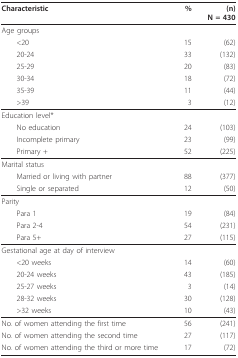
<table><thead><tr><td><b>Characteristic</b></td><td><b>%</b></td><td><b>(n)N = 430</b></td></tr></thead><tbody><tr><td>Age groups</td><td></td><td></td></tr><tr><td> &lt;20</td><td>15</td><td>(62)</td></tr><tr><td> 20-24</td><td>33</td><td>(132)</td></tr><tr><td> 25-29</td><td>20</td><td>(83)</td></tr><tr><td> 30-34</td><td>18</td><td>(72)</td></tr><tr><td> 35-39</td><td>11</td><td>(44)</td></tr><tr><td> &gt;39</td><td>3</td><td>(12)</td></tr><tr><td>Education level*</td><td></td><td></td></tr><tr><td> No education</td><td>24</td><td>(103)</td></tr><tr><td> Incomplete primary</td><td>23</td><td>(99)</td></tr><tr><td> Primary +</td><td>52</td><td>(225)</td></tr><tr><td>Marital status</td><td></td><td></td></tr><tr><td> Married or living with partner</td><td>88</td><td>(377)</td></tr><tr><td> Single or separated</td><td>12</td><td>(50)</td></tr><tr><td>Parity</td><td></td><td></td></tr><tr><td> Para 1</td><td>19</td><td>(84)</td></tr><tr><td> Para 2-4</td><td>54</td><td>(231)</td></tr><tr><td> Para 5+</td><td>27</td><td>(115)</td></tr><tr><td>Gestational age at day of interview</td><td></td><td></td></tr><tr><td> &lt;20 weeks</td><td>14</td><td>(60)</td></tr><tr><td> 20-24 weeks</td><td>43</td><td>(185)</td></tr><tr><td> 25-27 weeks</td><td>3</td><td>(14)</td></tr><tr><td> 28-32 weeks</td><td>30</td><td>(128)</td></tr><tr><td> &gt;32 weeks</td><td>10</td><td>(43)</td></tr><tr><td>No. of women attending the first time</td><td>56</td><td>(241)</td></tr><tr><td>No. of women attending the second time</td><td>27</td><td>(117)</td></tr><tr><td>No. of women attending the third or more time</td><td>17</td><td>(72)</td></tr></tbody></table>